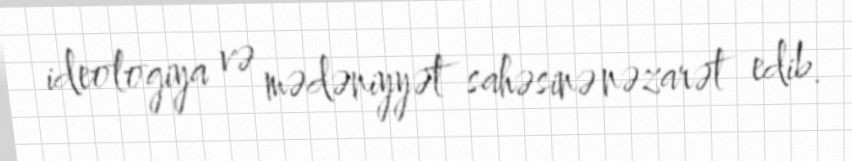
ideologiya və mədəniyyət sahəsinə nəzarət edib.